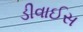
ડીવાઈસ